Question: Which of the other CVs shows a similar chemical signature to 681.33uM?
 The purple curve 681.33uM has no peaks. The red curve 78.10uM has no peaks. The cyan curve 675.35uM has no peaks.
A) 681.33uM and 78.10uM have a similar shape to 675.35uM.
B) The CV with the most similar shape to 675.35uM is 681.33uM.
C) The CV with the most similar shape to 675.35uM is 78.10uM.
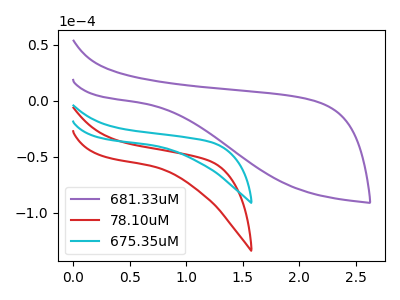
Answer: <think>Neither "681.33uM" or "78.10uM" have any peaks. Neither "681.33uM" or "675.35uM" have any peaks. Neither "78.10uM" or "675.35uM" have any peaks.
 </think>
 <answer>A) "681.33uM" and "78.10uM" have a similar shape to "675.35uM".</answer>
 <eval>A</eval>